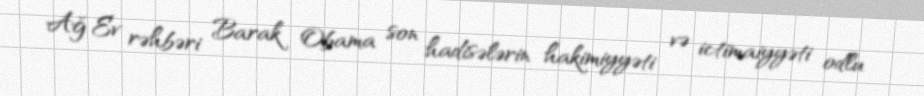
Ağ Ev rəhbəri Barak Obama son hadisələrin hakimiyyəti və ictimaiyyəti odlu